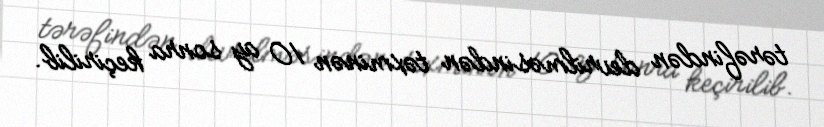
tərəfindən devrilməsindən təxminən 10 ay sonra keçirilib.